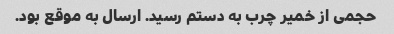
حجمی از خمیر چرب به دستم رسید. ارسال به موقع بود.